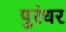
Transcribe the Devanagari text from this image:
पुरंधर